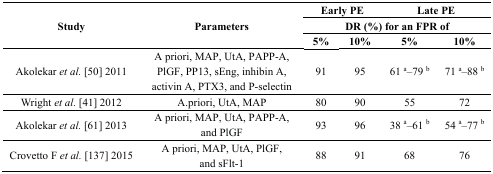
| <ROWSPAN=3> Study | <ROWSPAN=3> Parameters | <COLSPAN=2> Early PE | <COLSPAN=2> Late PE |
 | <COLSPAN=4> DR (%) for an FPR of |
 | 5% | 10% | 5% | 10% |
 | --- | --- | --- | --- | --- | --- |
 | Akolekar et al. [50] 2011 | A priori, MAP, UtA, PAPP-A, PlGF, PP13, sEng, inhibin A, activin A, PTX3, and P-selectin | 91 | 95 | 61 a–79 b | 71 a–88 b |
 | Wright et al. [41] 2012 | A.priori, UtA, MAP | 80 | 90 | 55 | 72 |
 | Akolekar et al. [61] 2013 | A priori, MAP, UtA, PAPP-A, and PlGF | 93 | 96 | 38 a–61 b | 54 a–77 b |
 | Crovetto F et al. [137] 2015 | A priori, MAP, UtA, PlGF, and sFlt-1 | 88 | 91 | 68 | 76 |